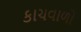
કાચવાળો